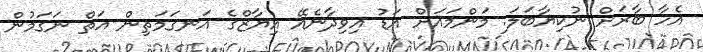
އެހާ ބާރަށް ނުކިޔާބަލަ. މަންމައަށް އަޑު އިވިދާނެއޭ އިޔާޒްގެ އަނގަމަތިން އަތް ނަގަމުން